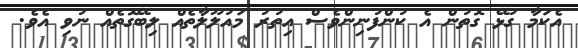
އެކަމާ ގުޅޭ ގޮތުން އެ ކުންފުނިންވެސް އިތުރު މައުލޫލާތެއް ލިބޭގޮތެއް ނުވި އެވެ.